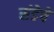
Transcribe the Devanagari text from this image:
संडेचे